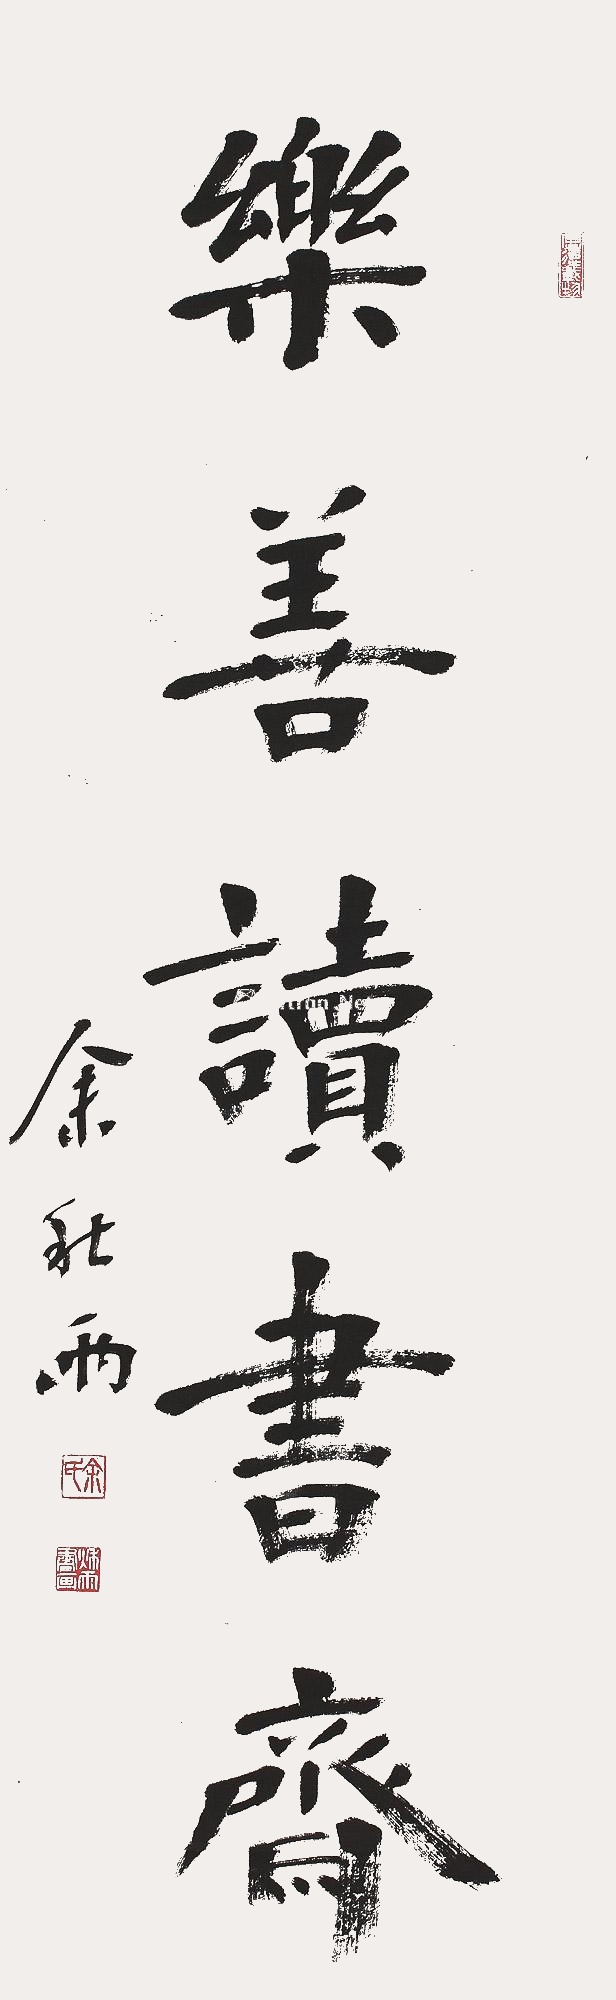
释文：乐善读书债，余秋雨。